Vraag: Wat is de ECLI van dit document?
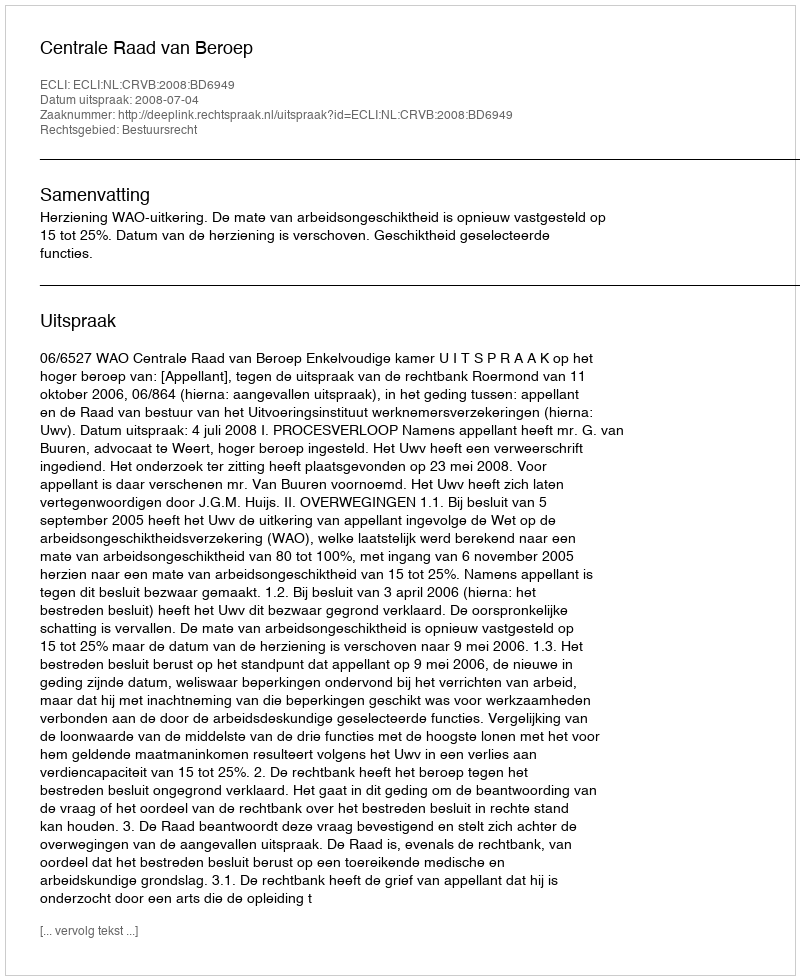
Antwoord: ECLI:NL:CRVB:2008:BD6949